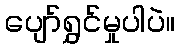
ပျော်ရွှင်မှုပါပဲ။